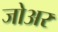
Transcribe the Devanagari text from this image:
जोअर